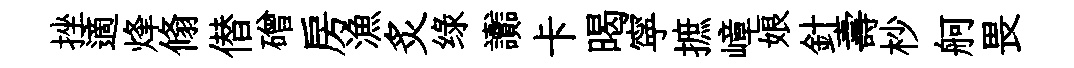
挫適烽翛僣磳房漁炙绿讟卡暍寜摭嶂娘針壽杪舸畏